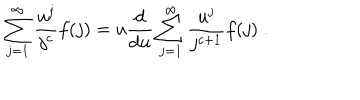
LaTeX: \sum _ { j = 1 } ^ { \infty } \frac { u ^ { j } } { j ^ { c } } f ( j ) = u \frac { \mathrm { d } } { \mathrm { d } u } \sum _ { j = 1 } ^ { \infty } \frac { u ^ { j } } { j ^ { c + 1 } } f ( j ) \; .